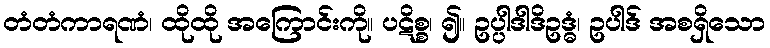
တံတံကာရဏံ၊ ထိုထို အကြောင်းကို။ ပဋိစ္စ၊ ၍။ ဥပ္ပါဒါဒိဥဒ္ဓံ၊ ဥပါဒ် အစရှိသော